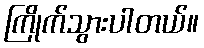
ကြိုက်သွားပါတယ်။